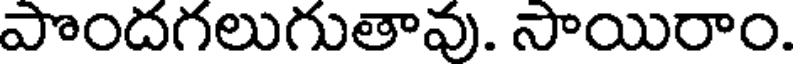
పొందగలుగుతావు. సాయిరాం.